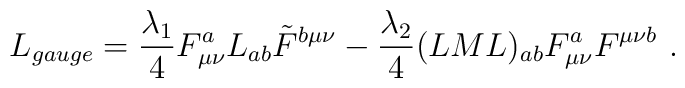
L_{gauge} = {\lambda_1\over 4} F_{\mu\nu}^a L_{ab}\tilde{F}^{b\mu\nu} - {\lambda_2\over 4} (LML)_{ab}  F_{\mu\nu}^a F^{\mu\nu b}{}~.